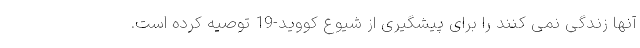
آنها زندگی نمی کنند را برای پیشگیری از شیوع کووید-19 توصیه کرده است.